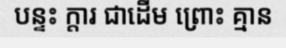
បន្ទះ ក្តារ ជាដើម ព្រោះ គ្មាន